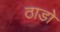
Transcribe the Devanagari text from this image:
ठाडो